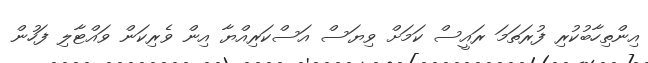
އިންތިހާބުކުރި ފުރަތަމަ ރައީސް ކަމަށް ވިޔަސް އަސްކަރިއްޔާ އިން ވެރިކަން ވައްޓާލި ފަހުން